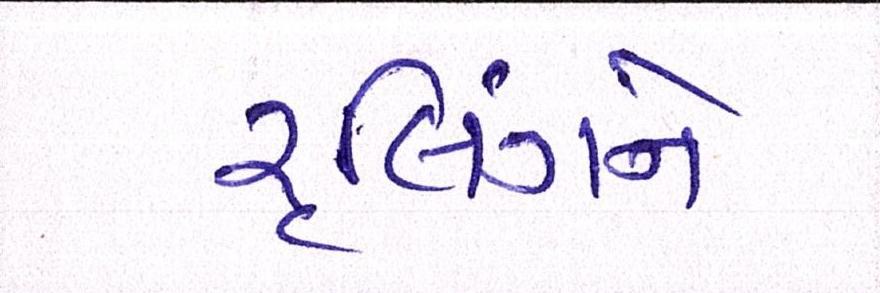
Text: રૃલિંગને